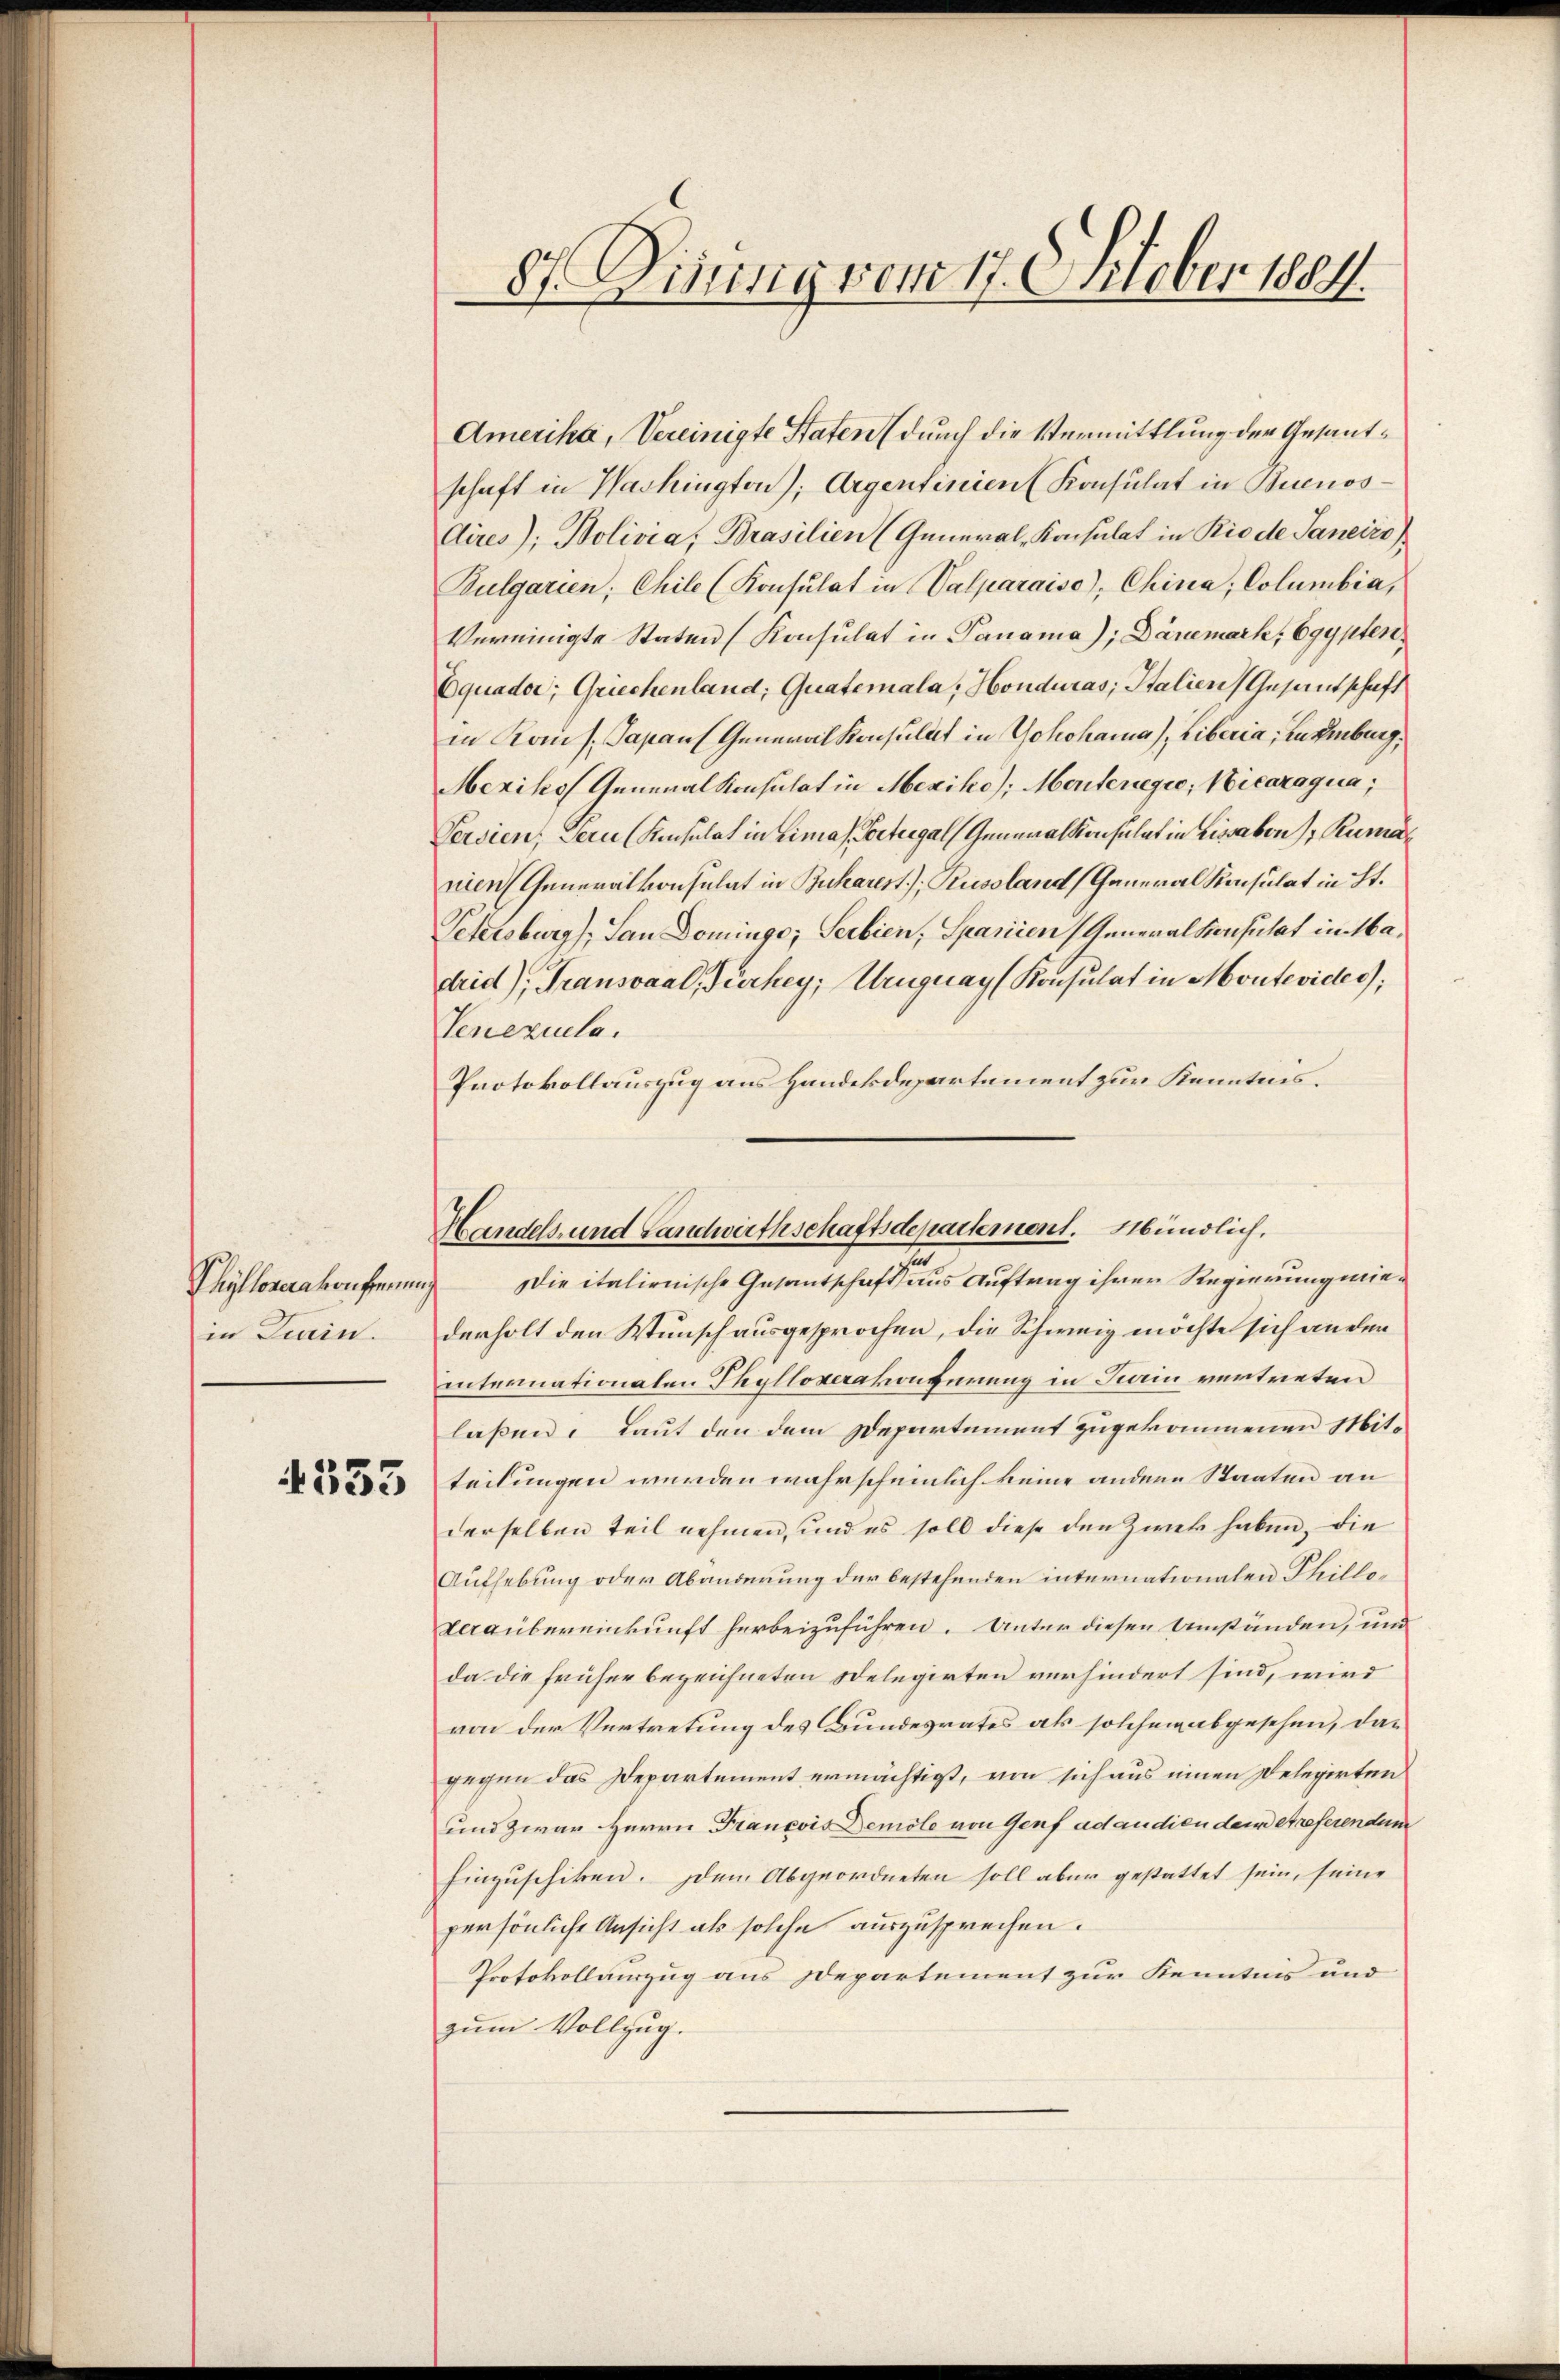
Phyllosenkonformen
in Liain.

4333

87. Diesig vom 17. Oktober 1884.

Amerika, Vereinigte Staten (durch die Vermittlung der Gesandschaft in Washington), Argentinien (Konsulat in Buenos-
Aires); Bolivia, Brasilien (General-Konsulat in Rio de Janeiro
Bulgarien, Chile (Konsulat in Valparaiso), China, Columbia,
Vereinigte Staten (Konsulat in Panama); Dänemark, Egypten
Equader; Griechenland; Quatemala, Honduras, Stalien Gesantschaft
in Kons. Papans Generalkonsulat in Yokohama); Liberia, in Einburg,
Mexikos Generalkonsulat in Mexiko); Menterregio, Vicaraqua;
Versien, dern (Kinsulat in Limas Portugal (Generalkonsulat in Lissabon Rumanien (Generalkonsulat in Bucharest), Russland (General Konsulat in St.
Petersburg), San Dominge; Serbien, Spariren Generalkonsulat im Madrid), Transsaal, Türkey; Uruguay (Konsulat in Montevide;
Venezuela.
Protokollauszug aus Handekdepartement zur Kenntnis.
Die italienische Gesantschaft aus Auftrag ihrer Regierung wiederholt den Wunsch ausgesprochen, die Schweiz möchte sich an der
internationalen Thylloserakonferung in Sein vertreten
laßen. Laut den dem Departement zugekommenen Mitteilungen werden wahrscheinlich keine andere Staaten an
derselben teil nehmen, und es soll diese den Zwek haben, die
Aufhebung oder Abänderung der bestehenden internationalen Thillo¬
Verübereinkunft herbeizuführen. Unter diesen Umständen, und
da die früher bezeichneten Delegirten verhindert sind, wird
von der Vertretung des Bundesrates als solchen abgesehen, dagegen das Departement ermächtigt, von sich aus einen Delegirten
und zwar Herrn Francois Demole von Genf ad andien dem Areferendum
hinzuschiken. Dem Abgeordneten soll aber gestattet sein, seine
persönliche Ansicht als solche auszusprechen.
Protokollauszug aus Departement zur Kenntnis und
zum Vollzug.

Handels- und Landwirthschaftsdepartement. Mündlich,
s